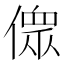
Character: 𠍸